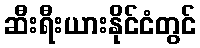
ဆီးရီးယားနိုင်ငံတွင်